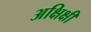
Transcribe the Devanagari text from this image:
अक्षिक्षी